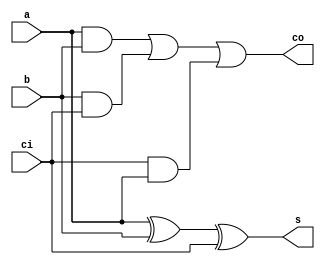
module fadd(a,b,ci,s,co);
	input  a,b,ci;
	output  s,co;
	assign s=a^b^ci;
	assign co=(a&b)|(b&ci)|(ci&a);
endmodule
module hadd(a,b,s,co);
	input  a,b;
	output  s,co;
	assign s=a^b;
	assign co=(a&b);
endmodule

module pack(a,m,si,ci,so,co);
	input a,m,si,ci;
	output so,co;
	wire c=(a&m);
	assign so=c^si^ci;
	assign co=(c&si)|(si&ci)|(ci&c);
endmodule

module project2(a,m,s);
	input [7:0]a,m;
	output [15:0]s;
	reg A[7:0][7:0];
	wire [7:0]S1,C1,S2,C2,S3,C3,S4,C4,S5,C5,S6,C6,S7,C7,S8,C8;
	integer i,j;
	wire k=1'b0;
	always @* begin
		for( i=0;i<8;i=i+1)
			begin
				for( j=0;j<8;j=j+1)
					begin
						A[i][j]<=(a[i]&m[j]);
					end
			end
		
	end
	//first row 
	pack p1(a[0],m[0],k,k,S1[0],C1[0]);
	assign s[0]=S1[0];//first
	genvar l;
	generate for (l= 0; l < 7; l= l + 1) begin
		pack p2[6:0](a[l+1],m[0],k,C1[l],S1[l+1],C1[l+1]);
	end endgenerate
	
	//second row
	pack p3(a[0],m[1],S1[1],k,S2[0],C2[0]);
	assign s[1]=S2[0];//second
	genvar l2;
	generate for (l2= 0; l2 < 6; l2= l2 + 1) begin
		pack p4[5:0](a[l2+1],m[1],S1[l2+2],C2[l2],S2[l2+1],C2[l2+1]);
	end endgenerate
	pack q4(a[7],m[1],C1[7],C2[6],S2[7],C2[7]);
	
	///third row
	pack p5(a[0],m[2],S2[1],k,S3[0],C3[0]);
	assign s[2]=S3[0];//third
	genvar l3;
	generate for (l3= 0; l3 < 6; l3= l3 + 1) begin
		pack p6[5:0](a[l3+1],m[2],S2[l3+2],C3[l3],S3[l3+1],C3[l3+1]);
	end endgenerate
	pack q6(a[7],m[2],C2[7],C3[6],S3[7],C3[7]);
	
	//fourth row
	pack p7(a[0],m[3],S3[1],k,S4[0],C4[0]);
	assign s[3]=S4[0];//fourth
	genvar l4;
	generate for (l4= 0; l4 < 6; l4= l4 + 1) begin
		pack p8[5:0](a[l4+1],m[3],S3[l4+2],C4[l4],S4[l4+1],C4[l4+1]);
	end endgenerate
	pack q8(a[7],m[3],C3[7],C4[6],S4[7],C4[7]);
	
	//fifth row
	pack p9(a[0],m[4],S4[1],k,S5[0],C5[0]);
	assign s[4]=S5[0];//fifth
	genvar l5;
	generate for (l5= 0; l5 < 6; l5= l5 + 1) begin
		pack p10[5:0](a[l5+1],m[4],S4[l5+2],C5[l5],S5[l5+1],C5[l5+1]);
	end endgenerate
	pack q10(a[7],m[4],C4[7],C5[6],S5[7],C5[7]);
	
	//sixth row
	pack p11(a[0],m[5],S5[1],k,S6[0],C6[0]);
	assign s[5]=S6[0];//sixth
	genvar l8;
	generate for (l8= 0; l8< 6; l8= l8 + 1) begin
		pack p12[5:0](a[l8+1],m[5],S5[l8+2],C6[l8],S6[l8+1],C6[l8+1]);
	end endgenerate
	pack q12(a[7],m[5],C5[7],C6[6],S6[7],C6[7]);
	
	//seventh
	pack p13(a[0],m[6],S6[1],k,S7[0],C7[0]);
	assign s[6]=S7[0];//seventh
	genvar l6;
	generate for (l6= 0; l6 < 6; l6= l6 + 1) begin
		pack p14[5:0](a[l6+1],m[6],S6[l6+2],C7[l6],S7[l6+1],C7[l6+1]);
	end endgenerate
	pack q14(a[7],m[6],C6[7],C7[6],S7[7],C7[7]);
	
	//eighth row
	pack p15(a[0],m[7],S7[1],k,S8[0],C8[0]);
	assign s[7]=S8[0];//eighth
	genvar l7;
	generate for (l7= 0; l7 < 6; l7= l7 + 1) begin
		pack p16[5:0](a[l7+1],m[7],S7[l7+2],C8[l7],S8[l7+1],C8[l7+1]);
		assign s[8+l7]=S8[l7+1];
	end endgenerate
	pack q16(a[7],m[7],C7[7],C8[6],S8[7],C8[7]);
	assign s[14]=S8[7];
	assign s[15]=C8[7];	
	
endmodule



module testbench();
	reg[7:0]a,b;
	wire [15:0]s;
	integer t;
	reg clk;
	
	project2 a1(a,b,s);
	initial begin
		t=1000;
		clk=1'b0;
		$dumpfile("multi.vcd");
		$dumpvars(0,testbench);
		a=$urandom%255;        b=$urandom%255;
		$monitor($time," a=%d,b=%d,s=%d",a,b,s);
		
		
	end
	
	always #5 clk=~clk;
	initial repeat(t/20) #20 a[0]=~a[0];
	initial repeat(t/25) #25 a[1]=~a[1];
	initial repeat(t/35) #35 a[2]=~a[2];
	initial repeat(t/30) #30 a[3]=~a[3];
	initial repeat(t/45) #45 a[4]=~a[4];
	initial repeat(t/15) #15 a[5]=~a[5];
	initial repeat(t/25) #25 a[6]=~a[6];
	initial repeat(t/35) #35 a[7]=~a[7];
	
	initial repeat(t/20) #20 b[0]=~b[0];
	initial repeat(t/25) #25 b[1]=~b[1];
	initial repeat(t/35) #35 b[2]=~b[2];
	initial repeat(t/30) #30 b[3]=~b[3];
	initial repeat(t/45) #45 b[4]=~b[4];
	initial repeat(t/15) #15 b[5]=~b[5];
	initial repeat(t/25) #25 b[6]=~b[6];
	initial repeat(t/35) #35 b[7]=~b[7];
	initial begin #1100 $finish;
	end
endmodule